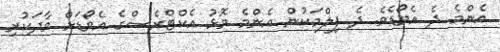
އެންމެ ދެ އެވޯޑެވެ. ދެ ފިލްމަކުން އެންމެ މޮޅު އެކްޓްރެސްގެ އެވޯޑަށް ވާދަކުރި